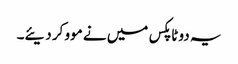
یہ دو ٹاپکس میں نے موو کر دیئے۔